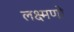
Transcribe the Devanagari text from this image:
लक्ष्मणो